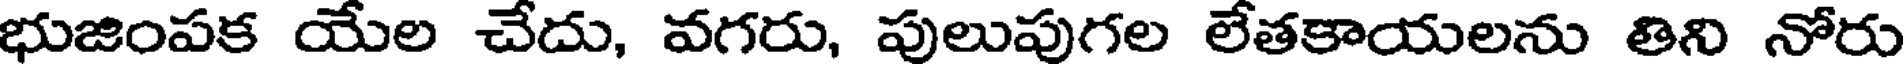
భుజింపక యేల చేదు, వగరు, పులుపుగల లేతకాయలను తిని నోరు